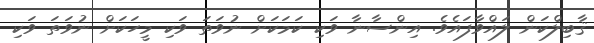
ޤާބިލްކަން ލައްވާފައެވެ. އިންސާނާ ވަކި ކަމަކަށް ނުވަތަ ވަކި މީހަކަށް ނުވަތަ ވަކި